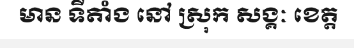
មាន ទីតាំង នៅ ស្រុក សង្គៈ ខេត្ត